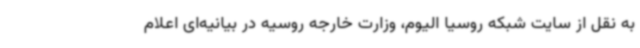
به نقل از سایت شبکه روسیا الیوم، وزارت خارجه روسیه در بیانیه‌ای اعلام